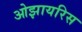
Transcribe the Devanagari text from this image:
ओझायरिस